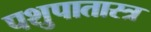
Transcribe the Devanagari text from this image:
पशुपातास्त्र